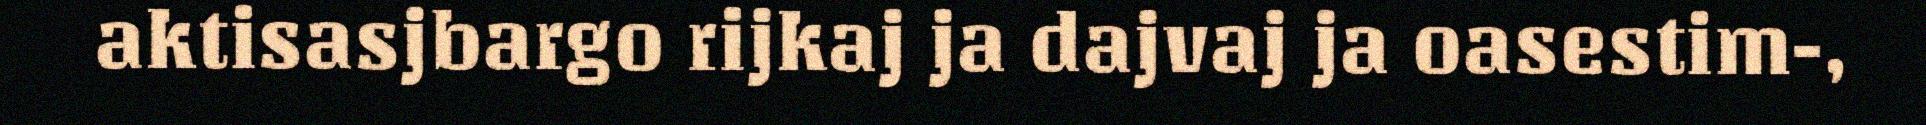
aktisasjbargo rijkaj ja dajvaj ja oasestim-,